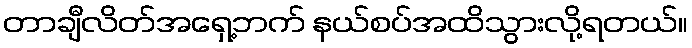
တာချီလိတ်အရှေ့ဘက် နယ်စပ်အထိသွားလို့ရတယ်။